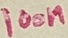
Text: 100n